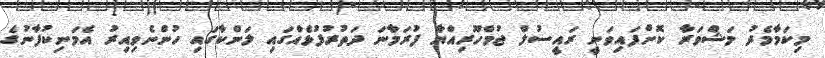
މިކަމާމެދު މަޝްވަރާ ކޮށްފައިވަނީ ރައީސުލް ޖުމްހޫރިއްޔާ ފުރަމާނަ ދަތުރުފުޅެއްގައި ލަންކާގައި ހުންނެވިއިރު އެމަނިކުފާނުގެ